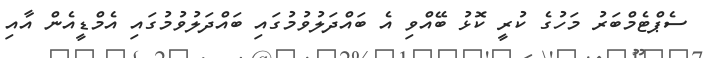
ސެޕްޓެމްބަރު މަހުގެ ކުރީ ކޮޅު ބޭއްވި އެ ބައްދަލުވުުމުގައި ބައްދަލުވުމުގައި އެމްޑީއެން އާއި